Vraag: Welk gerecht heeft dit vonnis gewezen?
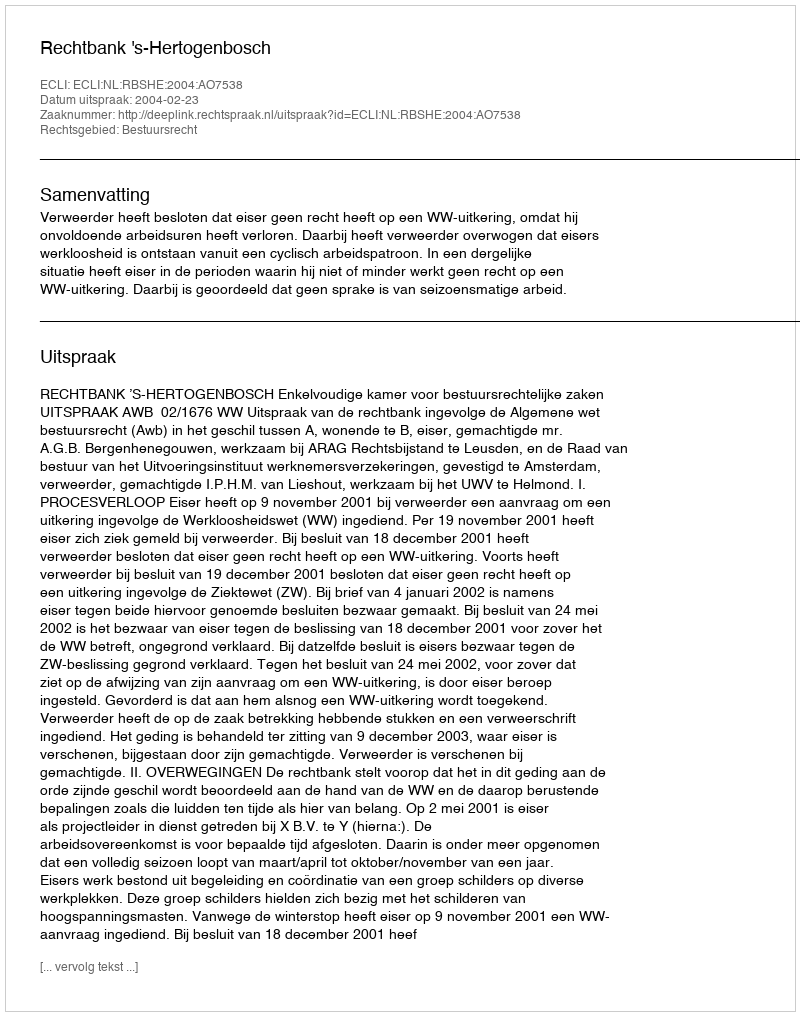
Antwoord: Rechtbank 's-Hertogenbosch